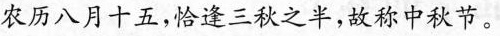
农历八月十五，恰逢三秋之半，故称中秋节。